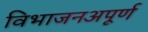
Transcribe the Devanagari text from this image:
विभाजनअपूर्ण